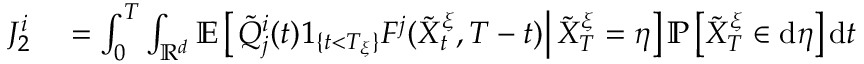
\begin{array} { r l } { J _ { 2 } ^ { i } } & { { } = \int _ { 0 } ^ { T } \int _ { \mathbb { R } ^ { d } } \mathbb { E } \left[ \left. \tilde { Q } _ { j } ^ { i } ( t ) 1 _ { \{ t < T _ { \xi } \} } F ^ { j } ( \tilde { X } _ { t } ^ { \xi } , T - t ) \right| \tilde { X } _ { T } ^ { \xi } = \eta \right] \mathbb { P } \left[ \tilde { X } _ { T } ^ { \xi } \in \mathrm { d } \eta \right] \mathrm { d } t } \end{array}